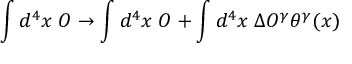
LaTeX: \int d ^ { 4 } x \; O \rightarrow \int d ^ { 4 } x \; O + \int d ^ { 4 } x \; \Delta O ^ { \gamma } \theta ^ { \gamma } ( x )